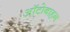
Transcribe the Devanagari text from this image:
ऑटोबाहन